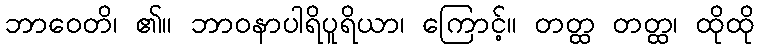
ဘာဝေတိ၊ ၏။ ဘာဝနာပါရိပူရိယာ၊ ကြောင့်။ တတ္ထ တတ္ထ၊ ထိုထို